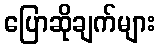
ပြောဆိုချက်များ